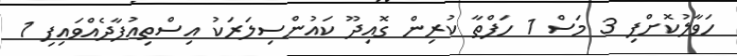
ހަވާލުކޮށްފި 3 މަސް 1 ހަފްތާ ކުރިން ގޮއިދޫ ކައުންސިލަރަކު އިސްތިއުފާދެއްވައިފި 1